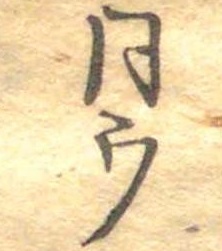
同ウ